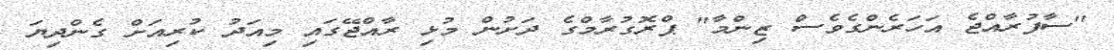
"ސާފުރާއްޖެ އަހަރެންގެވެސް ޒިންމާ" ޕްރޮގުރާމްގެ ދަށުން މުޅި ރާއްޖޭގައި މިއަދު ކުރިއަށް ގެންދިޔަ